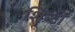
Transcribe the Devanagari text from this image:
शिन्टी